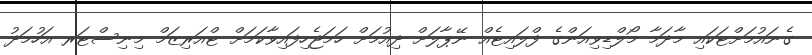
ގެނައުމަށްޓަކައި މާދަމާ މޯލްޑިވިއަންގެ ފްލައިޓެއް ނޭޕާލަށް ދިއުމަށް ހަމަޖެހިފައިވާކަމަށް ޓްއަރިޒަމް މިނިސްޓަރ އަހުމަދު